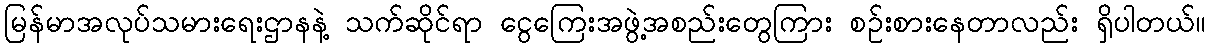
မြန်မာအလုပ်သမားရေးဌာနနဲ့ သက်ဆိုင်ရာ ငွေကြေးအဖွဲ့အစည်းတွေကြား စဉ်းစားနေတာလည်း ရှိပါတယ်။